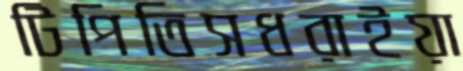
টিপিতিসধরাইয়া